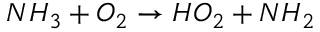
N H _ { 3 } + O _ { 2 } \rightarrow H O _ { 2 } + N H _ { 2 }